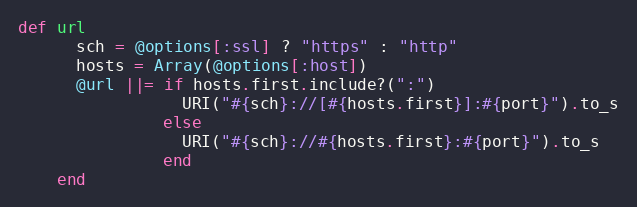
Language: Ruby
def url
      sch = @options[:ssl] ? "https" : "http"
      hosts = Array(@options[:host])
      @url ||= if hosts.first.include?(":")
                 URI("#{sch}://[#{hosts.first}]:#{port}").to_s
               else
                 URI("#{sch}://#{hosts.first}:#{port}").to_s
               end
    end